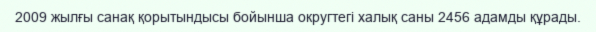
2009 жылғы санақ қорытындысы бойынша округтегі халық саны 2456 адамды құрады.